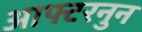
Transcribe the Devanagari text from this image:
आफ्टरनुन